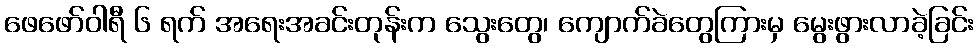
ဖေဖော်ဝါရီ ၆ ရက် အရေးအခင်းတုန်းက သွေးတွေ၊ ကျောက်ခဲတွေကြားမှ မွေးဖွားလာခဲ့ခြင်း